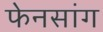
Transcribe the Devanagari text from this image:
फेनसांग